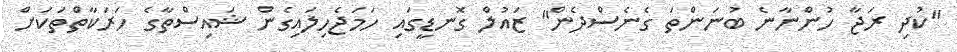
"ކުދި ރަޖާ ހުންނާނެ ބުނަންތަ ގެނެސްދެން" ޒައުލް ގޮނޑީގައި ހަމަޖެހިލައިގެން ޝައިސްތާގެ ހަރަކާތްތަކަށް